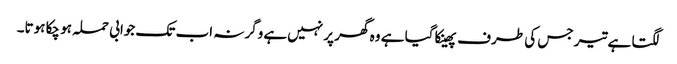
لگتا ہے تیر جس کی طرف پھینکا گیا ہے وہ گھر پر نہیں‌ہے وگرنہ اب تک جوابی حملہ ہو چکا ہوتا۔